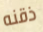
ذقنه